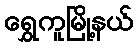
ရွှေကူမြို့နယ်